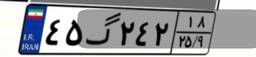
۳۴گ۳۷۱۶۵